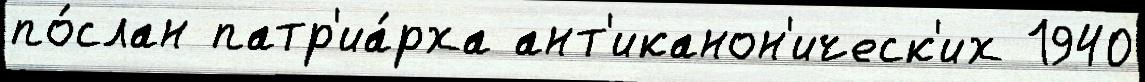
по́слан патр'иа́рха ант'иканон'ическ'их 1940